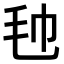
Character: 𣬢